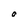
Character: O